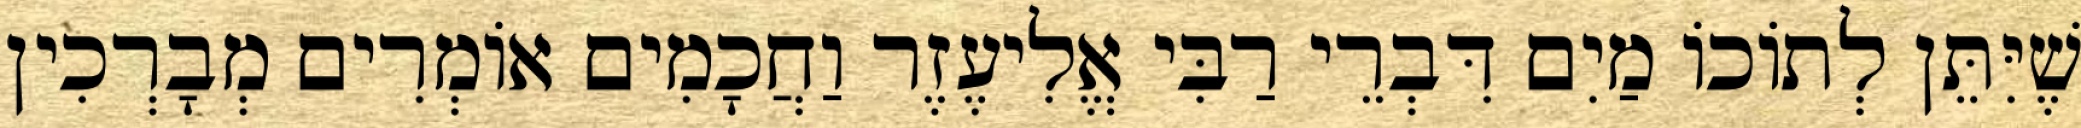
שֶׁיִּתֵּן לְתוֹכוֹ מַיִם דִּבְרֵי רַבִּי אֱלִיעֶזֶר וַחֲכָמִים אוֹמְרִים מְבָרְכִין